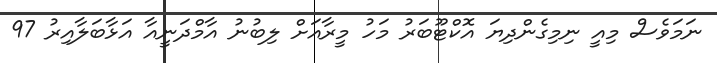
ނަމަވެސް މިއީ ނިމިގެންދިޔަ އޮކްޓޫބަރު މަހު މީރާއަށް ލިބުނު އާމްދަނީއާ އަޅާބަލާއިރު 97